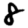
Digit: 8